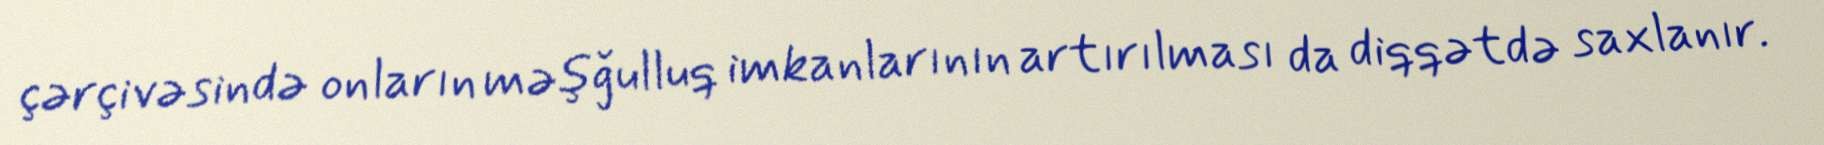
çərçivəsində onların məşğulluq imkanlarının artırılması da diqqətdə saxlanır.